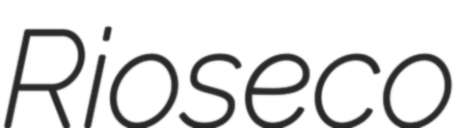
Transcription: Rioseco